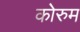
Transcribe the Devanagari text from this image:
कोरुम